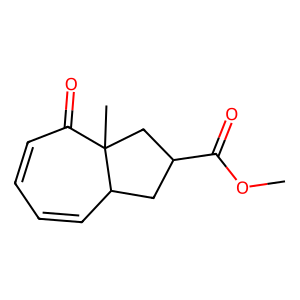
SMILES: COC(=O)C1CC2C=CC=CC(=O)C2(C)C1
Inhibits HIV replication: No